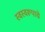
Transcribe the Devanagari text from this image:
स्वस्वरूपाचे